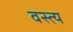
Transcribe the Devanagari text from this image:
वस्त्य